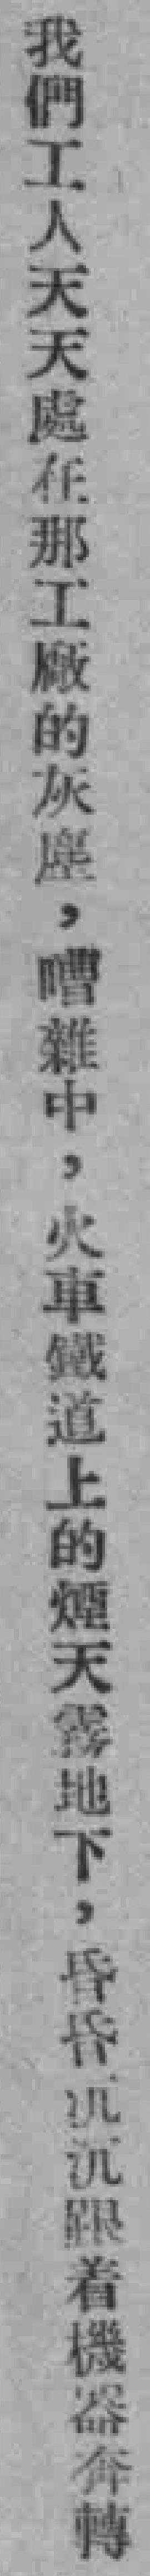
我們工人天天處在那工厰的灰塵，嘈雜中，火車鐵道上的煙天霧地下，昏昏沉沉跟着機器奔轉